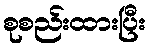
စုစည်းထားပြီး